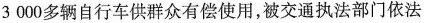
3000多辆自行车供群众有偿使用，被交通执法部门依法